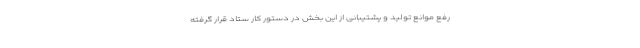
رفع موانع تولید و پشتیبانی از این بخش در دستور کار ستاد قرار گرفته